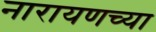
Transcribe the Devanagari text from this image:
नारायणच्या